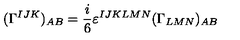
( \Gamma ^ { I J K } ) _ { A B } = \frac { i } { 6 } \varepsilon ^ { I J K L M N } ( \Gamma _ { L M N } ) _ { A B }